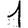
Digit: 1